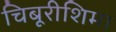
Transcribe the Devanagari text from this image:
चिबूरीशिमा